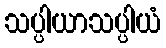
သပ္ပါယာသပ္ပါယံ